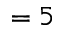
= 5